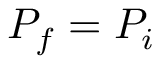
P _ { f } = P _ { i }